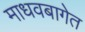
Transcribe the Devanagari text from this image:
माधवबागेत